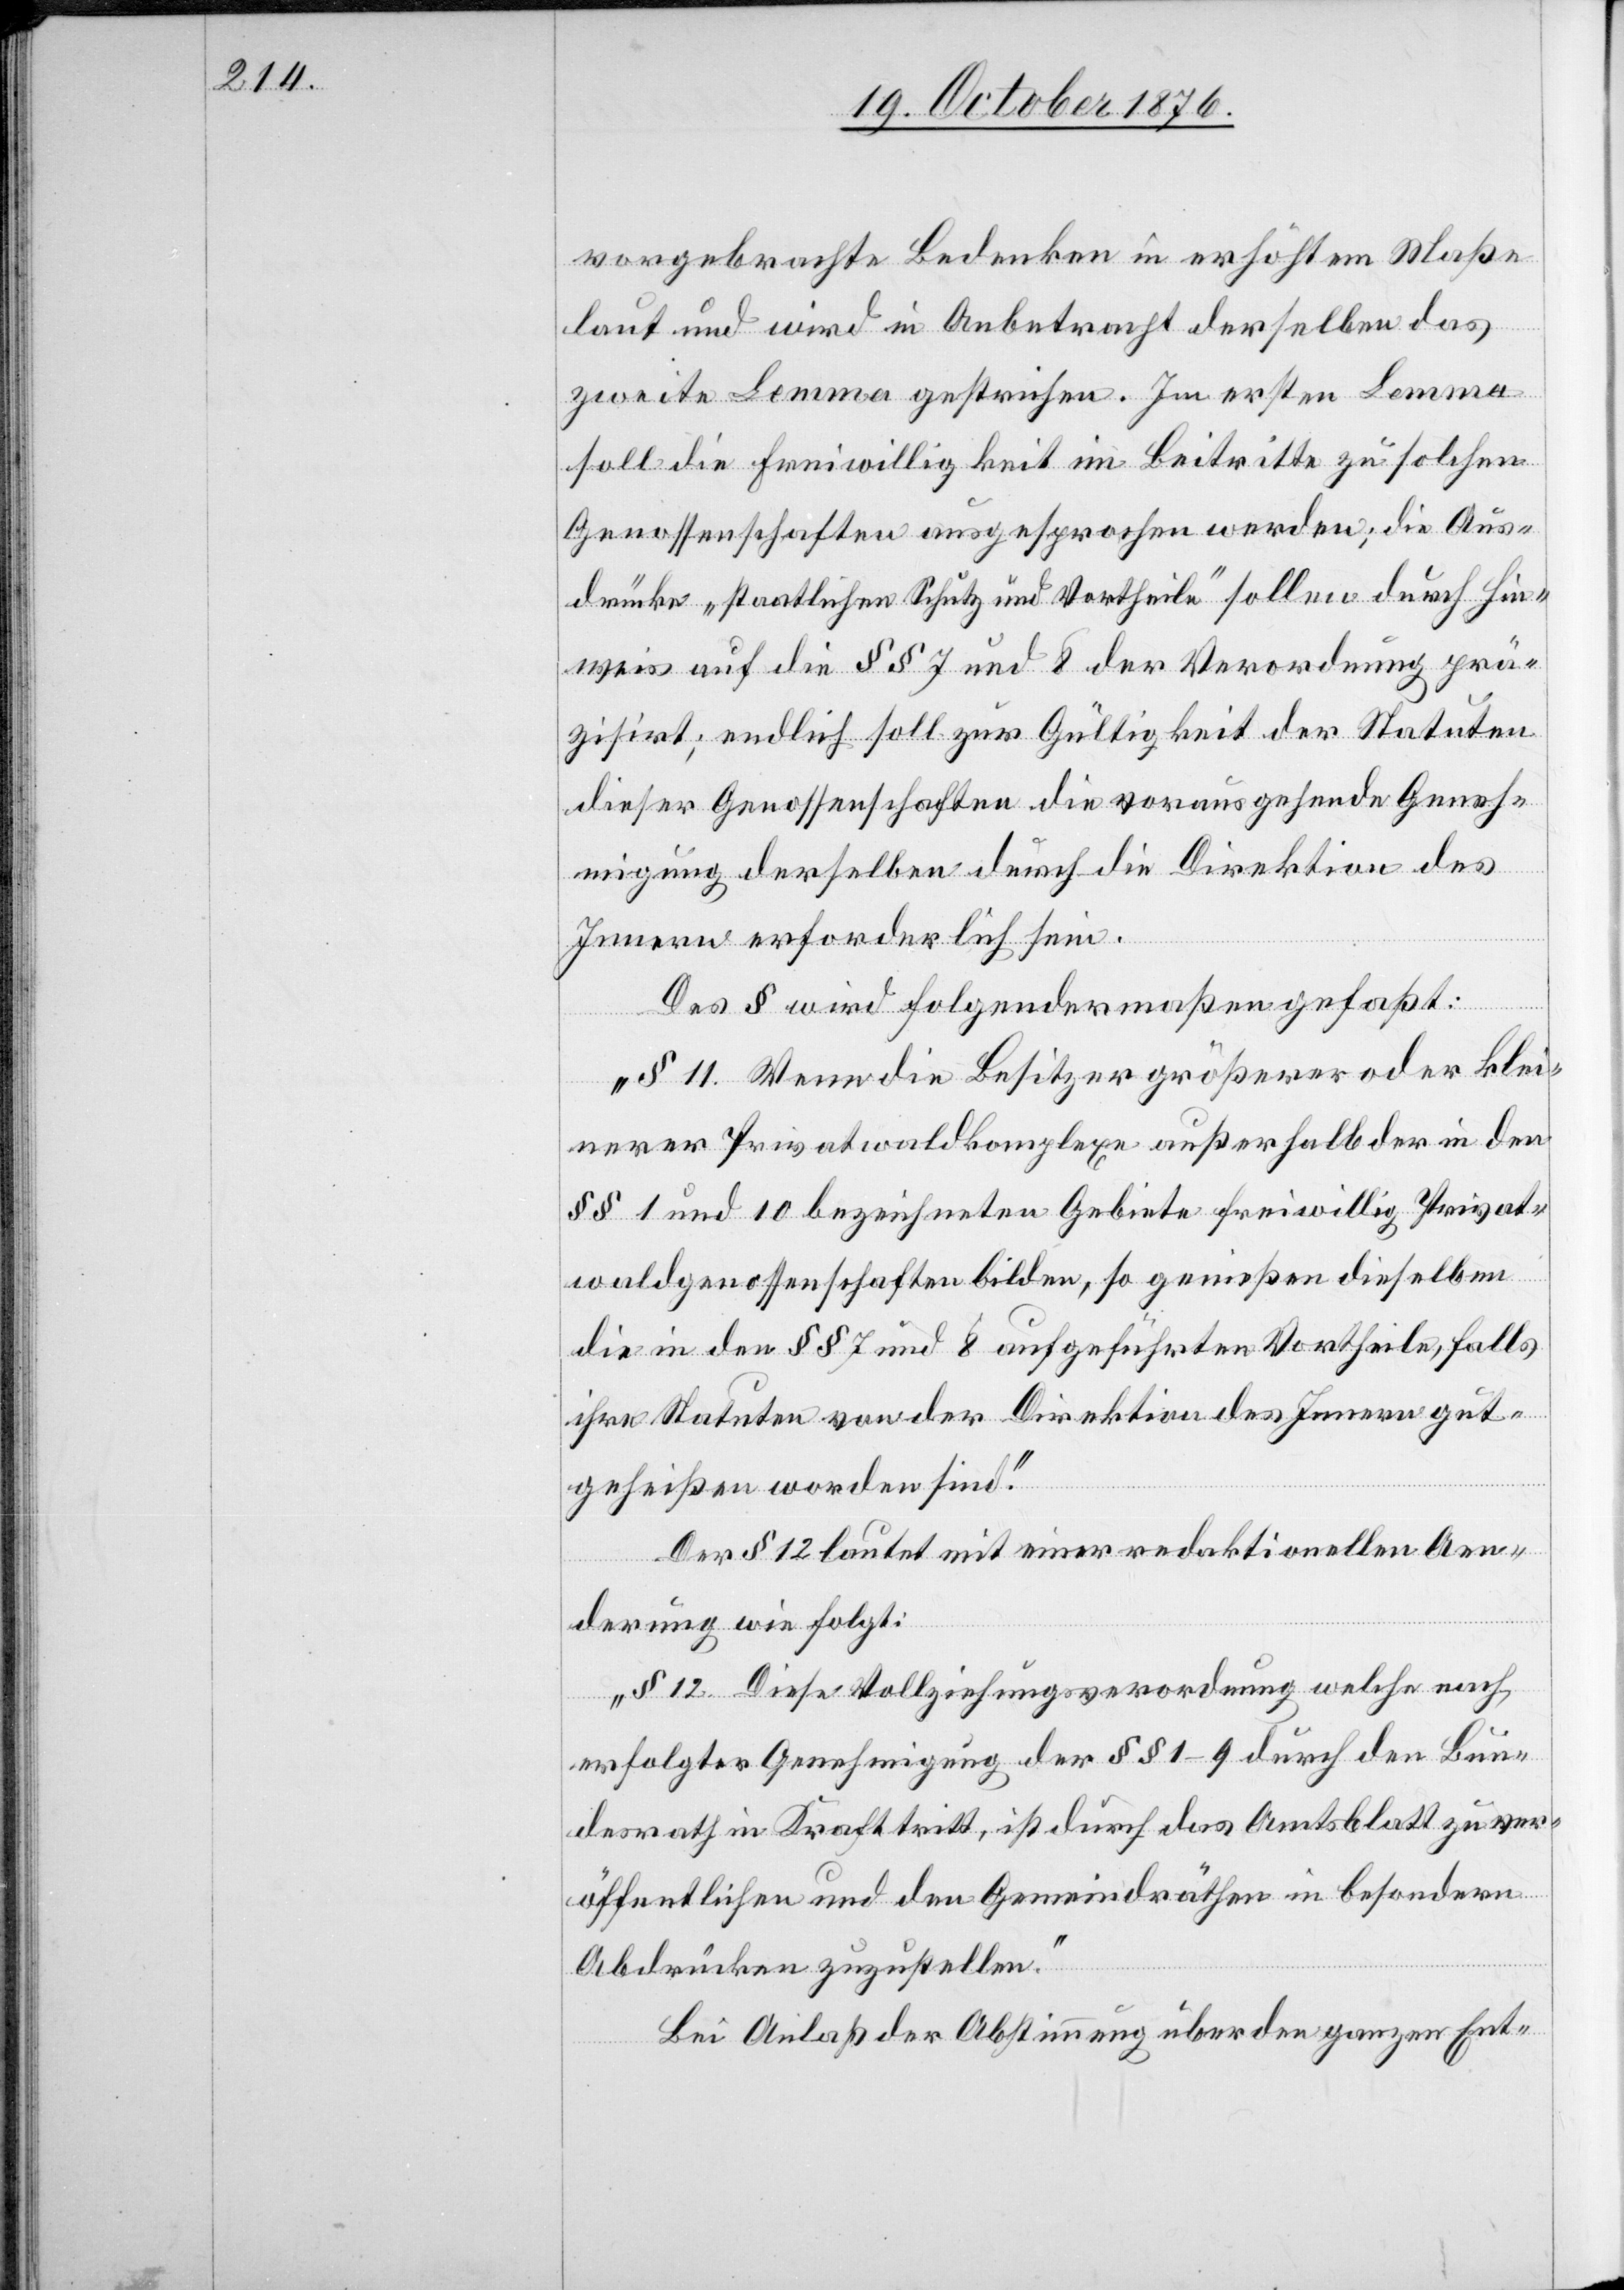
vorgebrachte[n] Bedenken in erhöhtem Maße
laut und wird in Anbetracht derselben das
zweite Lemma gestrichen. Im ersten Lemma
soll die Freiwilligkeit im Beitritte zu solchen
Genossenschaften ausgesprochen werden; die Aus¬
drücke „staatlichen Schutz und Vortheile“ sollen durch Hin¬
weis auf die §§ 7 und 8 der Verordnung prä¬
zisirt [werden]; endlich soll zur Gültigkeit der Statuten
dieser Genossenschaften die vorausgehende Geneh¬
migung derselben durch die Direktion des
Innern erforderlich sein.
Des § wird folgendermaßen gefaßt:
„§ 11. Wenn die Besitzer größerer oder klei¬
nerer Privatwaldkomplexe außerhalb der in den
§§ 1 und 10 bezeichneten Gebiete freiwillig Privat¬
waldgenossenschaften bilden, so genießen dieselben
die in den §§ 7 und 8 aufgeführten Vortheile, falls
ihre Statuten von den Direktion des Innern gut¬
geheißen worden sind.“
Der 12 lautet mit einer redaktionellen Aen¬
derung wie folgt:
„§ 12. Diese Vollziehungsverordnung welche nach
erfolgter Genehmigung der §§ 1–9 durch den Bun¬
desrath in Kraft tritt, ist durch das Amtsblatt zu ver¬
öffentlichen und den Gemeindräthen in besondern
Abdrücken zuzustellen.“
Bei Anlaß der Abstimmung über den ganzen Ent-